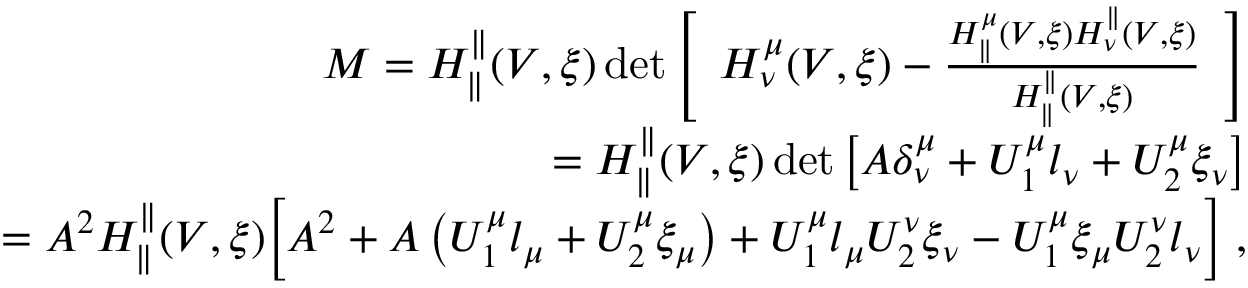
\begin{array} { r l r } & { } & { M = H _ { \parallel } ^ { \parallel } ( V , \xi ) \operatorname* { d e t } \left[ \begin{array} { l } { H _ { \nu } ^ { \mu } ( V , \xi ) - \frac { H _ { \parallel } ^ { \mu } ( V , \xi ) H _ { \nu } ^ { \parallel } ( V , \xi ) } { H _ { \parallel } ^ { \parallel } ( V , \xi ) } } \end{array} \right] } \\ & { } & { = H _ { \parallel } ^ { \parallel } ( V , \xi ) \operatorname* { d e t } \left[ A \delta _ { \nu } ^ { \mu } + U _ { 1 } ^ { \mu } l _ { \nu } + U _ { 2 } ^ { \mu } \xi _ { \nu } \right] } \\ & { } & { = A ^ { 2 } H _ { \parallel } ^ { \parallel } ( V , \xi ) \Big [ A ^ { 2 } + A \left( U _ { 1 } ^ { \mu } l _ { \mu } + U _ { 2 } ^ { \mu } \xi _ { \mu } \right) + U _ { 1 } ^ { \mu } l _ { \mu } U _ { 2 } ^ { \nu } \xi _ { \nu } - U _ { 1 } ^ { \mu } \xi _ { \mu } U _ { 2 } ^ { \nu } l _ { \nu } \Big ] \; , } \end{array}